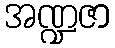
အဏ္ဍဇာ